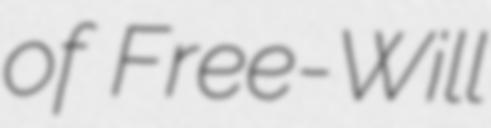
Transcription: of Free-Will